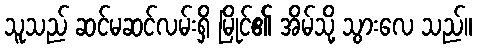
သူသည် ဆင်မဆင်လမ်းရှိ မြိုင်၏ အိမ်သို့ သွားလေ သည်။